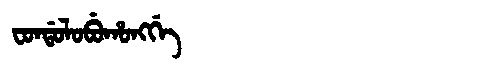
Manchu: ᠸᠣᠨᡩᠣᠯᠣᠪᡠᡥᠣᠩᡤᡝ
Romanization: FONDOLOBUHONGGE